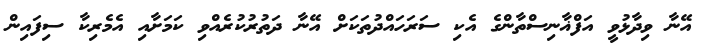
އޭނާ ވިދާޅުވީ އަފްޣާނިސްތާންގެ އެކި ސަރަހައްދުތަކަށް އޭނާ ދަތުރުކުރެއްވި ކަމަށާއި އެމެރިކާ ސިފައިން